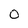
Character: O